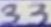
Text: 33